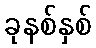
ခုနစ်နှစ်